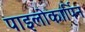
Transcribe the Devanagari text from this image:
पाइलोकार्पिन